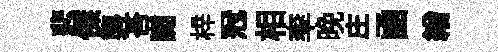
悲傑礱荅讟梓冠相率晩庄凾繒